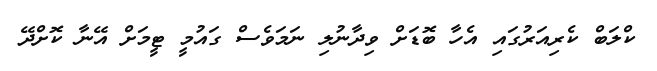
ކްލަބް ކެރިއަރުގައި އެހާ ބޮޑަށް ވިދާނުލި ނަމަވެސް ގައުމީ ޓީމަށް އޭނާ ކޮށްދޭ